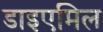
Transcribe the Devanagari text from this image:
डाइएमिल